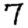
Digit: 7